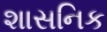
શાસનિક